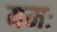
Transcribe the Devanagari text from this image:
यमः